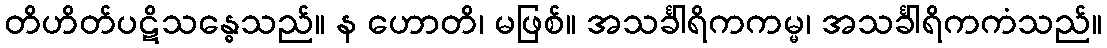
တိဟိတ်ပဋိသန္ဓေသည်။ န ဟောတိ၊ မဖြစ်။ အသင်္ခါရိကကမ္မ၊ အသင်္ခါရိကကံသည်။